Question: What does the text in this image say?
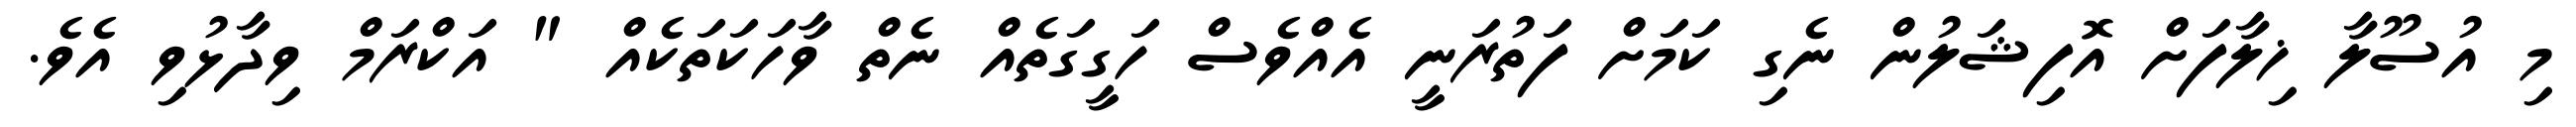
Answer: މި އުސޫލާ ޚިލާފަށް އޮފިޝަލުން ނެގި ކަމަށް ފަތުރަނީ އެއްވެސް ހަގީގަތެއް ނެތް ވާހަކަތަކެއް " އަކްރަމް ވިދާޅުވި އެވެ.